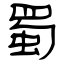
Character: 蜀